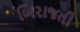
બિરાજતી